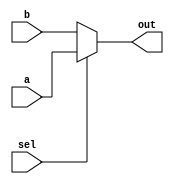
module mux (a,b,sel,out);
input wire [7:0] a;
input wire [7:0] b;
input wire sel;
output wire [7:0] out; //using wire with o/p because we are using it to assign

assign out = sel ? a : b;

endmodule